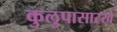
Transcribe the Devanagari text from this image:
कुलुपासारखे